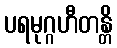
ပရမုဂ္ဂဟီတန္တိ